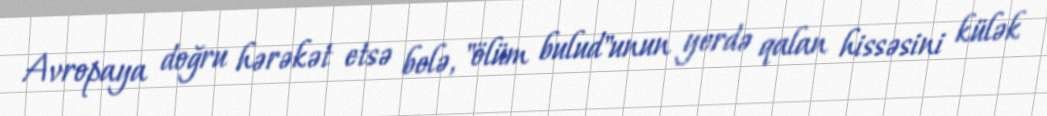
Avropaya doğru hərəkət etsə belə, "ölüm bulud"unun yerdə qalan hissəsini külək